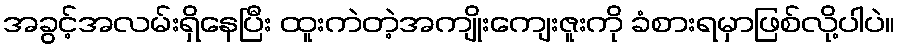
အခွင့်အလမ်းရှိနေပြီး ထူးကဲတဲ့အကျိုးကျေးဇူးကို ခံစားရမှာဖြစ်လို့ပါပဲ။